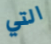
التي